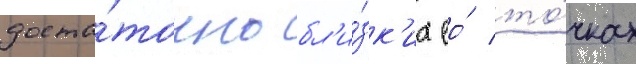
доста́точно бл'и́зк'их ео́ то́чках